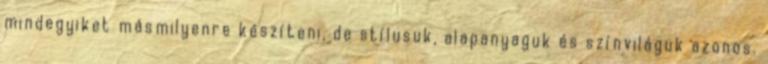
mindegyiket másmilyenre készíteni, de stílusuk, alapanyaguk és színviláguk azonos.